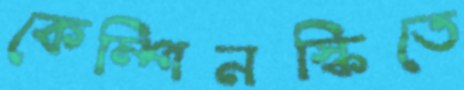
কেম্পিনস্কিতে